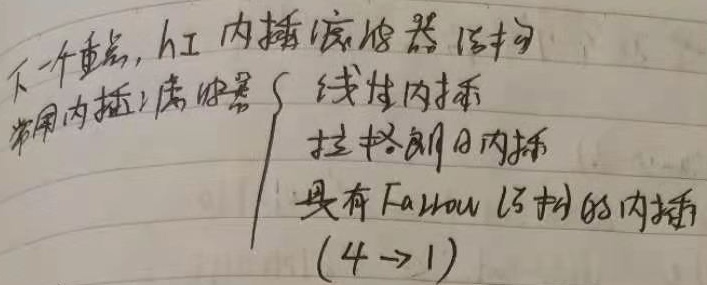
下一个重点，hI 内插滤波器结构常用内插滤波器
\(\begin{cases}
\text{线性内插} \\
\text{拉格朗日内插} \\
\text{具有Farrow结构的内插} \\
(4 \to 1)
\end{cases}\)